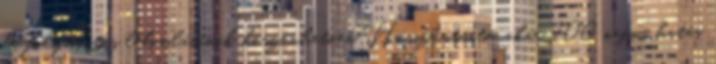
de folyamatos lebomlásának köszönhetően. Hosszantartó, akár 100 napos hatás